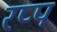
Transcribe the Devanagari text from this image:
रप्प